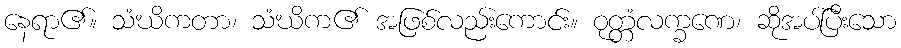
နေရာ၏။ သံဃိကတာ၊ သံဃိက၏ အဖြစ်လည်းကောင်း။ ဝုတ္တံလက္ခဏေ၊ ဆိုအပ်ပြီးသော